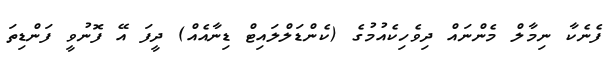
ފެނެކާ ނިމާލް މެންނައް ދިވެހިކެއުމުގެ (ކެންޑަލްލައިޓް ޑިނާއެއް) ދީފަ އޭ ފޮނުވީ ފަންޑިތަ